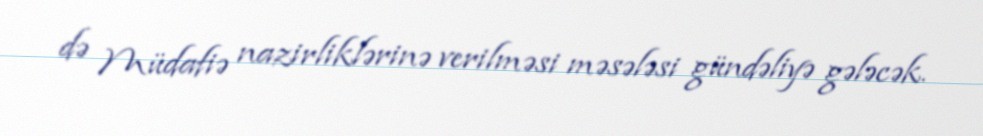
də Müdafiə nazirliklərinə verilməsi məsələsi gündəliyə gələcək.